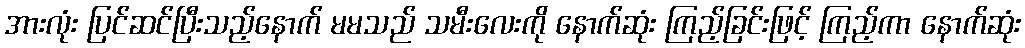
အားလုံး ပြင်ဆင်ပြီးသည့်နောက် မမသည် သမီးလေးကို နောက်ဆုံး ကြည့်ခြင်းဖြင့် ကြည့်ကာ နောက်ဆုံး